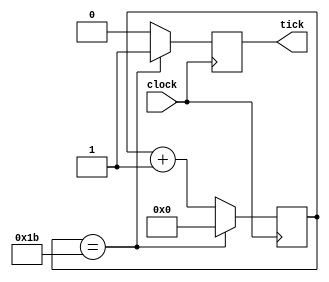
`timescale 1ns / 1ps
//////////////////////////////////////////////////////////////////////////////////
// Company: 
// Engineer: 
// 
// Design Name: 
// Module Name: Baut_Rate_Generator
// Project Name: 
// Target Devices: 
// Tool Versions: 
// Description: 
// 
// Dependencies: 
// 
// Revision:
// Revision 0.01 - File Created
// Additional Comments:
// 
//////////////////////////////////////////////////////////////////////////////////


module Baut_Rate_Generator(clock, tick);

	// Entrada
	input clock;
	
	// Salida
	output reg tick = 0;
	
	// Variables internas
	reg [8:0] cont=0;
	
	// Logica secuencial
	always@(posedge clock)
	begin
		if(cont == 27)
		 begin
			tick = 1; // se cambia estado de pulso, y reinicia cont
			cont = 0; end
		else
		 begin
			cont = cont + 1; // sigue contando
			tick = 0;
		 end
	end


endmodule